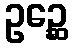
ဥဉ္ဆေ